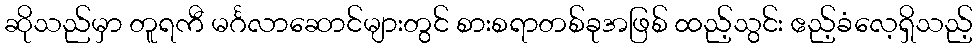
ဆိုသည်မှာ တူရကီ မင်္ဂလာဆောင်များတွင် စားစရာတစ်ခုအဖြစ် ထည့်သွင်း ဧည့်ခံလေ့ရှိသည့်